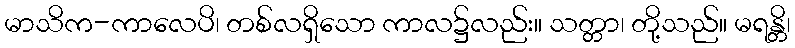
မာသိက-ကာလေပိ၊ တစ်လရှိသော ကာလ၌လည်း။ သတ္တာ၊ တို့သည်။ မရန္တိ၊